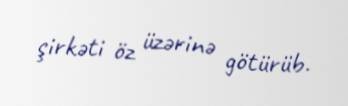
şirkəti öz üzərinə götürüb.